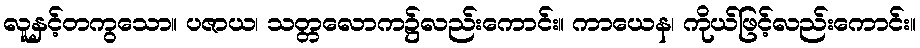
လူနှင့်တကွသော။ ပဇာယ၊ သတ္တလောက၌လည်းကောင်း။ ကာယေန၊ ကိုယ်ဖြင့်လည်းကောင်း။